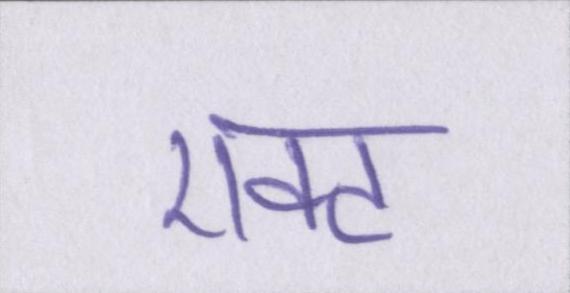
एक्ट